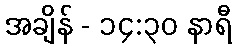
အချိန် - ၁၄:၃၀ နာရီ